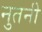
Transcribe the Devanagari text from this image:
नुतनी